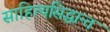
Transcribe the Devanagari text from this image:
साहित्यसिद्धान्त